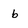
Character: b